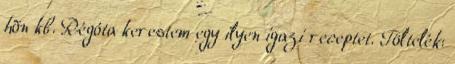
hõn kb. Régóta kerestem egy ilyen igazi receptet. Töltelék: